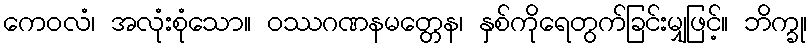
ကေဝလံ၊ အလုံးစုံသော။ ဝဿဂဏနမတ္တေန၊ နှစ်ကိုရေတွက်ခြင်းမျှဖြင့်။ ဘိက္ခု၊